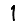
Digit: 1